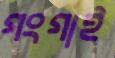
গংগাই